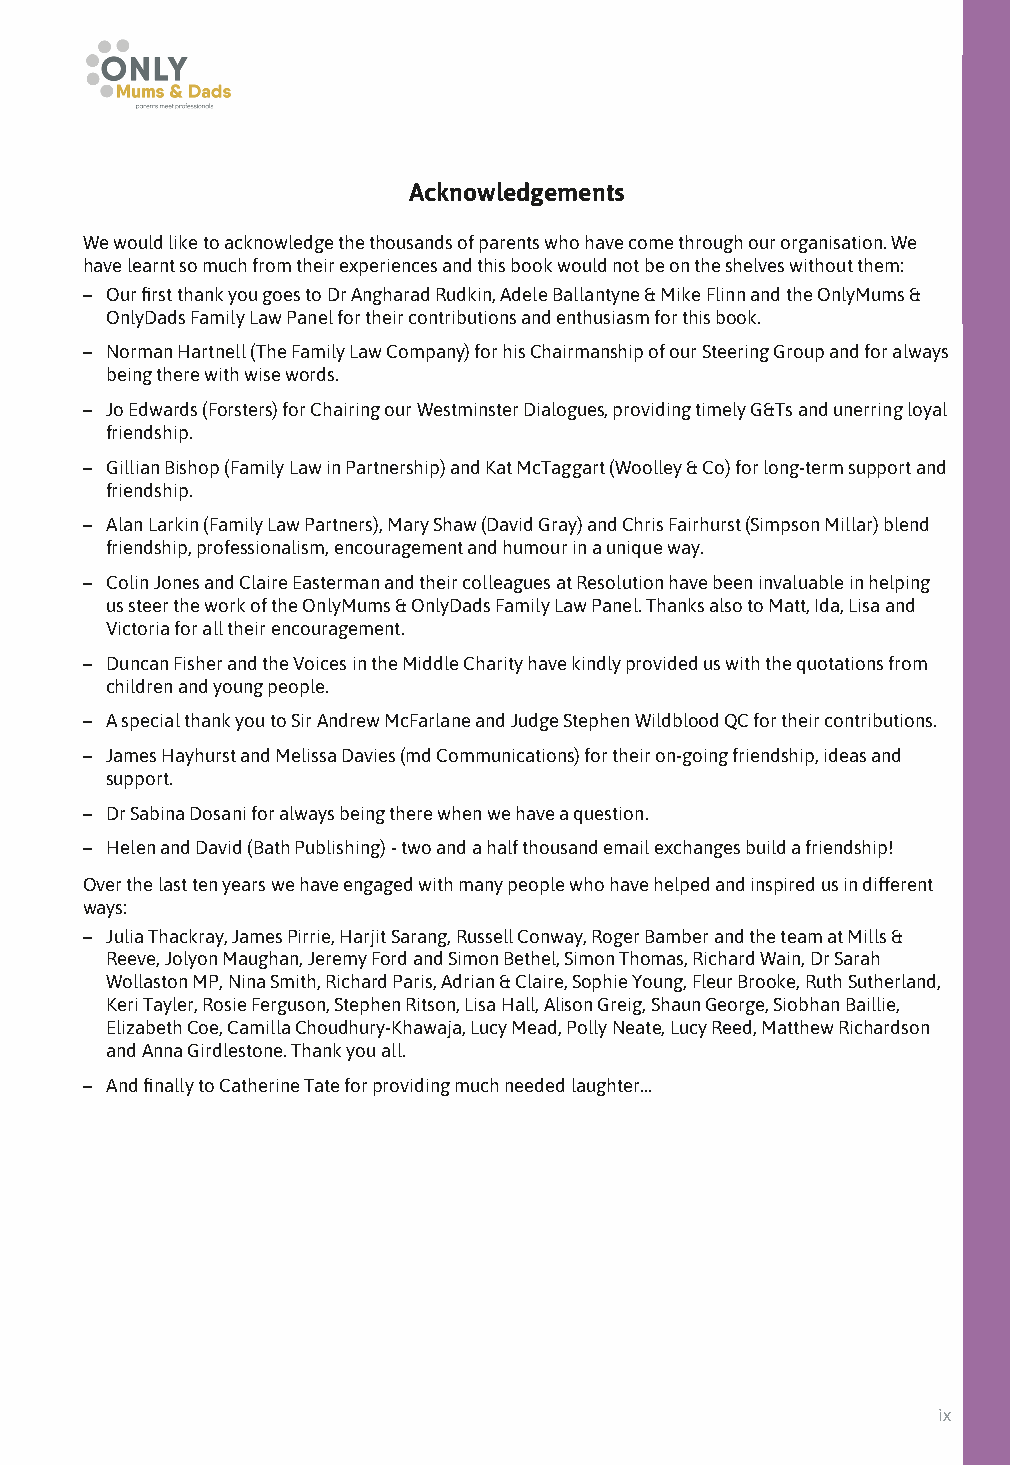
Acknowledgements
 We would like to acknowledge the thousands of parents who have come through our organisation. We
 have learnt so much from their experiences and this book would not be on the shelves without them:
 – Our first thank you goes to Dr Angharad Rudkin, Adele Ballantyne & Mike Flinn and the OnlyMums &
 OnlyDads Family Law Panel for their contributions and enthusiasm for this book.
 – Norman Hartnell (The Family Law Company) for his Chairmanship of our Steering Group and for always
 being there with wise words.
 – Jo Edwards (Forsters) for Chairing our Westminster Dialogues, providing timely G&Ts and unerring loyal
 friendship.
 – Gillian Bishop (Family Law in Partnership) and Kat McTaggart (Woolley & Co) for long-term support and
 friendship.
 – Alan Larkin (Family Law Partners), Mary Shaw (David Gray) and Chris Fairhurst (Simpson Millar) blend
 friendship, professionalism, encouragement and humour in a unique way.
 – Colin Jones and Claire Easterman and their colleagues at Resolution have been invaluable in helping
 us steer the work of the OnlyMums & OnlyDads Family Law Panel. Thanks also to Matt, Ida, Lisa and
 Victoria for all their encouragement.
 – Duncan Fisher and the Voices in the Middle Charity have kindly provided us with the quotations from
 children and young people.
 – A special thank you to Sir Andrew McFarlane and Judge Stephen Wildblood QC for their contributions.
 – James Hayhurst and Melissa Davies (md Communications) for their on-going friendship, ideas and
 support.
 – Dr Sabina Dosani for always being there when we have a question.
 – Helen and David (Bath Publishing) - two and a half thousand email exchanges build a friendship!
 Over the last ten years we have engaged with many people who have helped and inspired us in different
 ways:
 – Julia Thackray, James Pirrie, Harjit Sarang, Russell Conway, Roger Bamber and the team at Mills &
 Reeve, Jolyon Maughan, Jeremy Ford and Simon Bethel, Simon Thomas, Richard Wain, Dr Sarah
 Wollaston MP, Nina Smith, Richard Paris, Adrian & Claire, Sophie Young, Fleur Brooke, Ruth Sutherland,
 Keri Tayler, Rosie Ferguson, Stephen Ritson, Lisa Hall, Alison Greig, Shaun George, Siobhan Baillie,
 Elizabeth Coe, Camilla Choudhury-Khawaja, Lucy Mead, Polly Neate, Lucy Reed, Matthew Richardson
 and Anna Girdlestone. Thank you all.
 – And finally to Catherine Tate for providing much needed laughter…
 ix